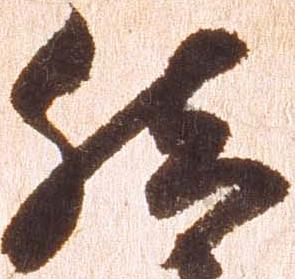
然